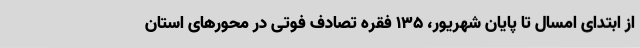
از ابتدای امسال تا پایان شهریور، 135 فقره تصادف فوتی در محورهای استان